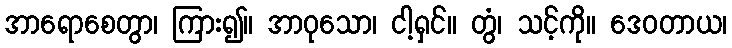
အာရောစေတွာ၊ ကြား၍။ အာဝုသော၊ ငါ့ရှင်။ တွံ၊ သင့်ကို။ ဒေဝတာယ၊